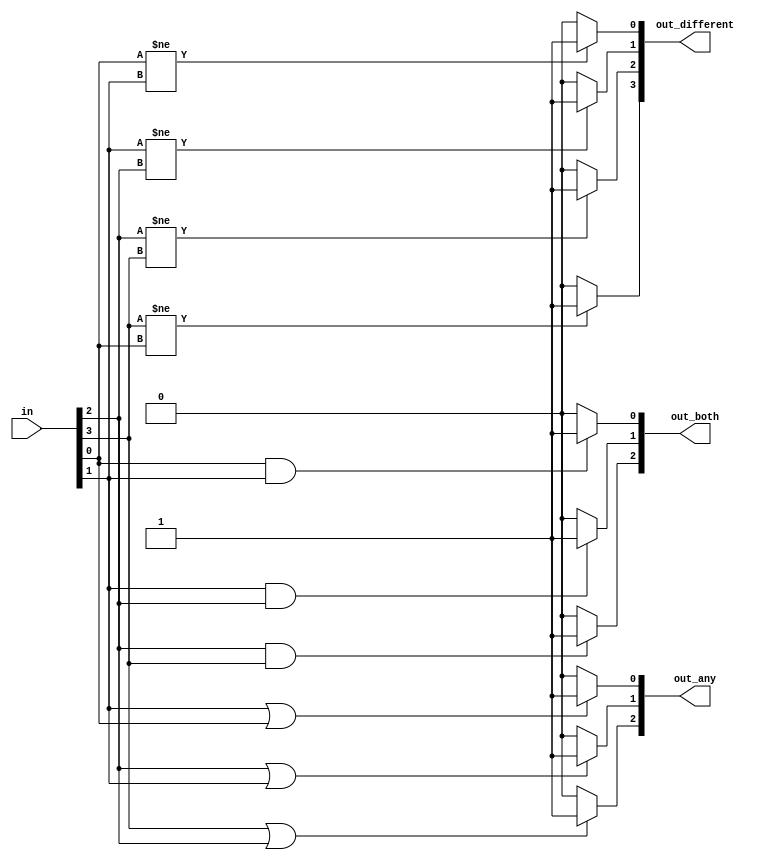
module top_module( 
    input [3:0] in,
    output [2:0] out_both,
    output [3:1] out_any,
    output [3:0] out_different );
    
integer i;
reg [2:0] out_both_reg;
reg [3:1] out_any_reg;
reg [2:0] out_different_reg;
//
wire out_different_wire;

always @(*)begin
    for(i = 0; i < 3;i = i + 1)begin
        if(in[i] == 1 && in[i + 1])begin
            out_both_reg[i] = 1;
        end
        else begin
            out_both_reg[i] = 0;
        end
    end
end

always @(*)begin
    for(i = 1; i < 4;i = i + 1)begin
        if(in[i] == 1 || in[i - 1])begin
            out_any_reg[i] = 1;
        end
        else begin
            out_any_reg[i] = 0;
        end
    end
end

always @(*)begin
    for(i = 0; i < 3;i = i + 1)begin
        if(in[i] == 1 != in[i + 1])begin
            out_different_reg[i] = 1;
        end
        else begin
            out_different_reg[i] = 0;
        end
    end
end

assign out_different_wire = (in[3] != in[0]) ? 1 : 0;
assign out_both = out_both_reg;
assign out_any = out_any_reg;
assign out_different = {out_different_wire,out_different_reg};
endmodule